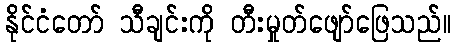
နိုင်ငံတော် သီချင်းကို တီးမှုတ်ဖျော်ဖြေသည်။